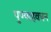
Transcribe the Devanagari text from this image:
पुण्याहवचन